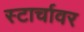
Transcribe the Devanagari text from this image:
स्टार्चावर